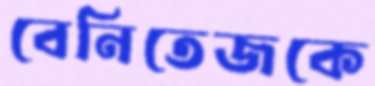
বেনিতেজকে